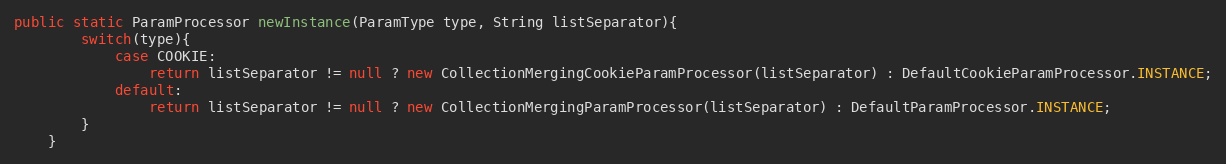
Language: Java
public static ParamProcessor newInstance(ParamType type, String listSeparator){
        switch(type){
            case COOKIE:
                return listSeparator != null ? new CollectionMergingCookieParamProcessor(listSeparator) : DefaultCookieParamProcessor.INSTANCE;
            default:
                return listSeparator != null ? new CollectionMergingParamProcessor(listSeparator) : DefaultParamProcessor.INSTANCE;
        }
    }